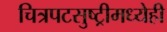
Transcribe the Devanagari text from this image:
चित्रपटसुष्ट्रीमध्येही